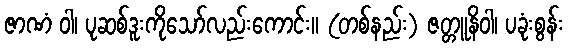
ဇာဏံ ဝါ၊ ပုဆစ်ဒူးကိုသော်လည်းကောင်း။ (တစ်နည်း) ဇတ္တူနိဝါ၊ ပခုံးစွန်း